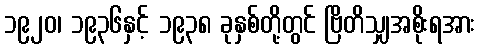
၁၉၂၀၊ ၁၉၃၆နှင့် ၁၉၃၈ ခုနှစ်တို့တွင် ဗြိတိသျှအစိုးရအား